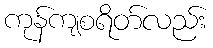
ကုန်ကျစရိတ်လည်း